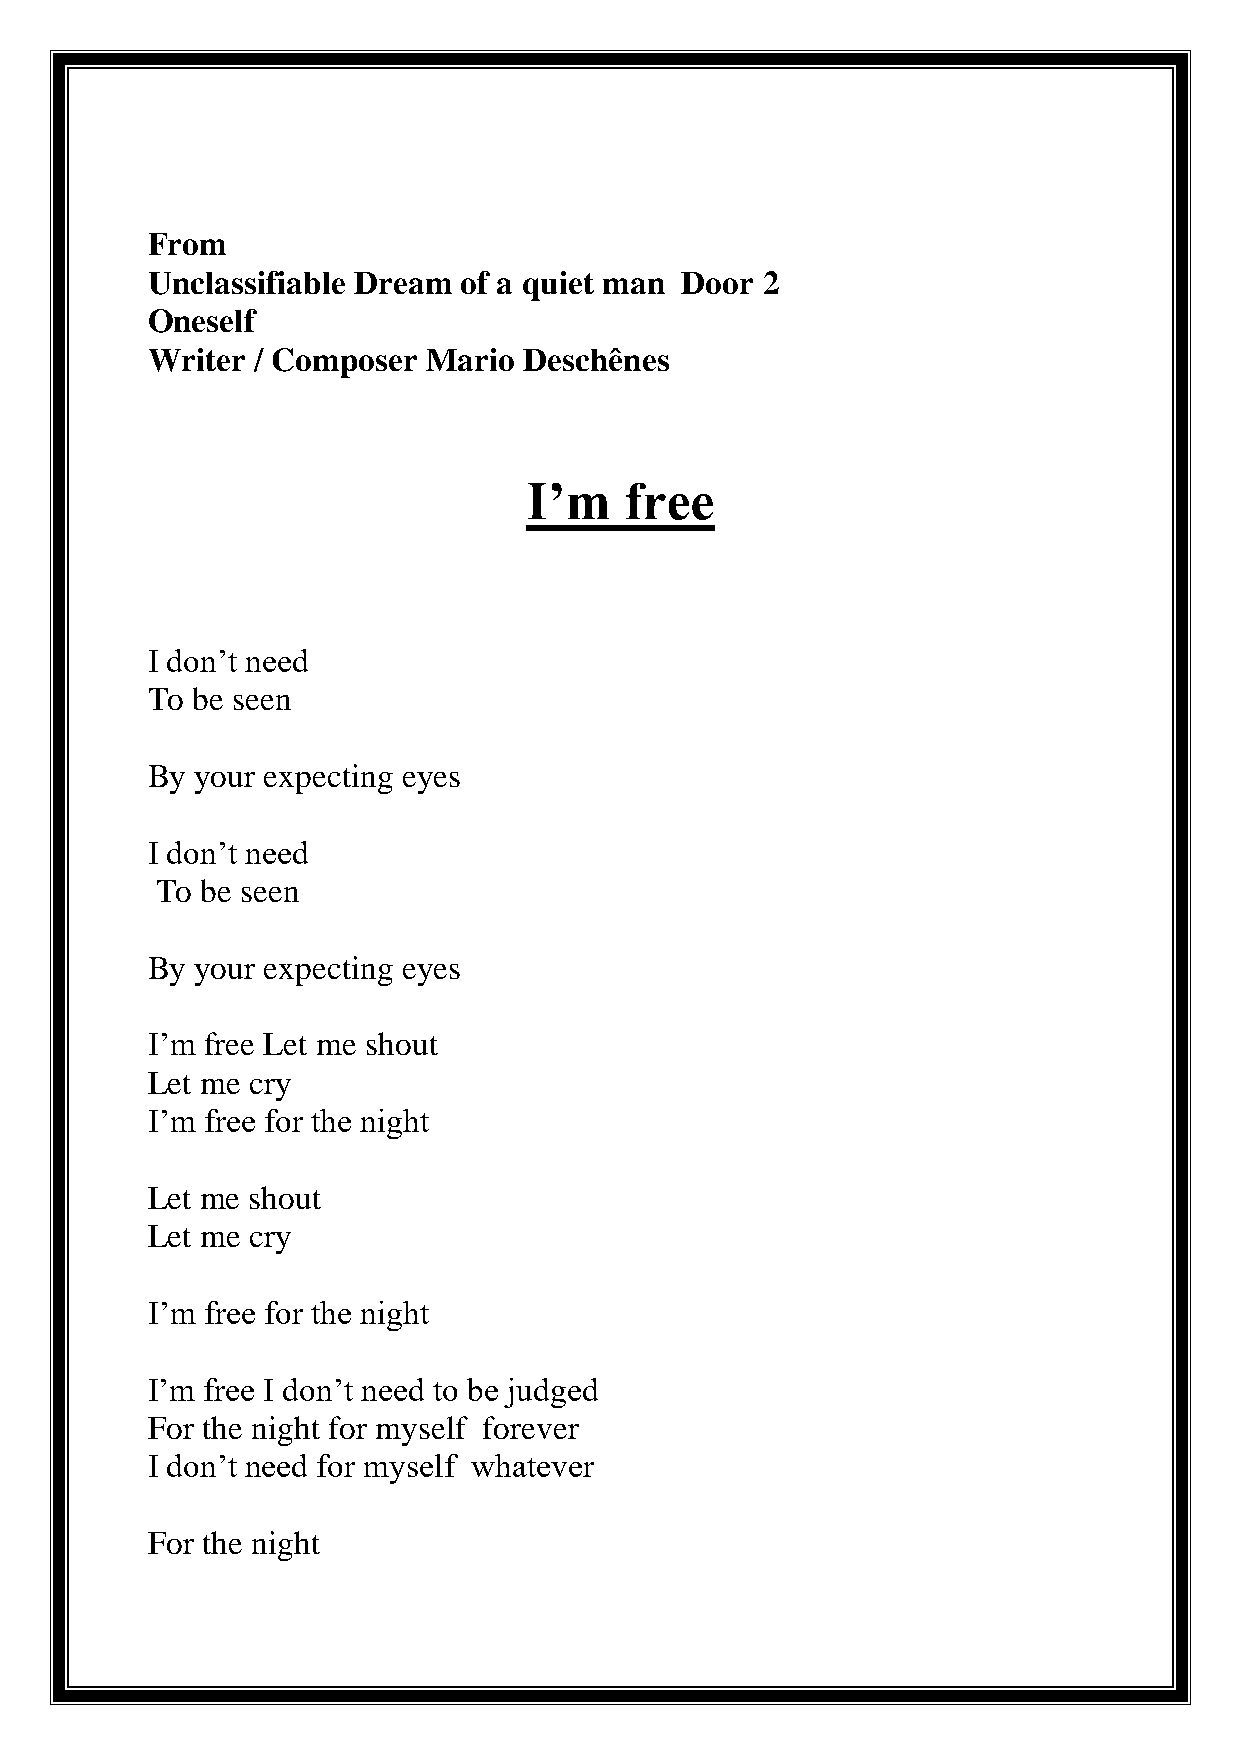
From
 Unclassifiable Dream of a quiet man Door 2
 Oneself
 Writer / Composer Mario  Deschênes
 I’m   free
 I don’t need
 To be seen
 By your expecting eyes
 I don’t need
 To be seen
 By your expecting eyes
 I’m free Let me shout
 Let me cry
 I’m free for the night
 Let me shout
 Let me cry
 I’m free for the night
 I’m free I don’t need to be judged
 For the night for myself forever
 I don’t need for myself whatever
 For the night